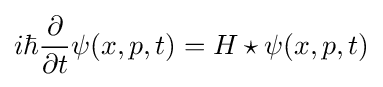
i\hbar {\frac {\partial }{\partial t}}\psi (x,p,t)=H\star \psi (x,p,t)